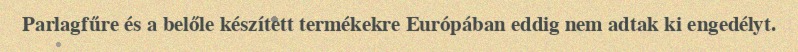
Parlagfűre és a belőle készített termékekre Európában eddig nem adtak ki engedélyt.